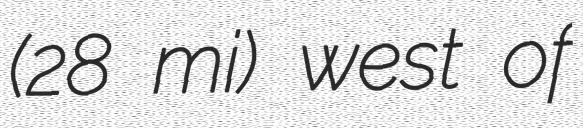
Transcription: (28 mi) west of